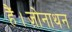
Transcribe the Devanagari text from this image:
हैं।ज़ोनाथन